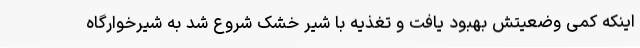
اینکه کمی وضعیتش بهبود یافت و تغذیه با شیر خشک شروع شد به شیرخوارگاه